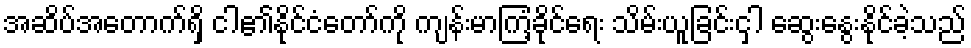
အဆိပ်အတောက်ရှိ ငါ၏နိုင်ငံတော်ကို ကျန်းမာကြံ့ခိုင်ရေး သိမ်းယူခြင်းငှါ ဆွေးနွေးနိုင်ခဲ့သည်